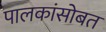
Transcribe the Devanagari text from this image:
पालकांसोबत